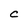
Character: C